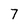
Character: 7